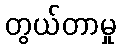
တွယ်တာမှု